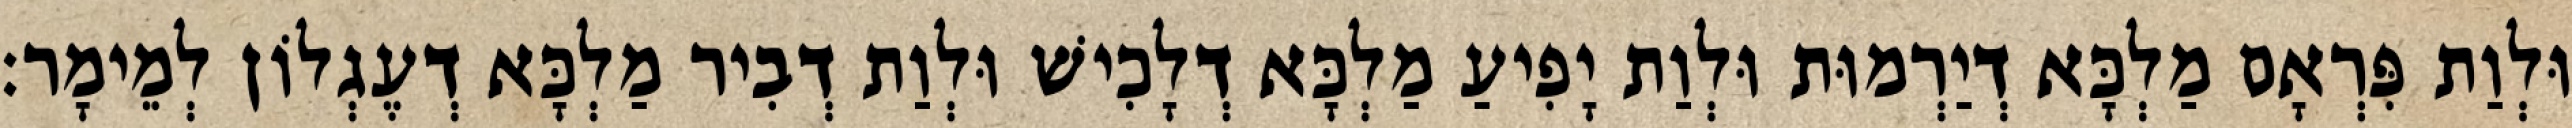
וּלְוַת פִּרְאָם מַלְכָּא דְיַרְמוּת וּלְוַת יָפִיעַ מַלְכָּא דְלָכִישׁ וּלְוַת דְבִיר מַלְכָּא דְעֶגְלוֹן לְמֵימָר׃